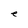
Character: e